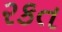
રકત